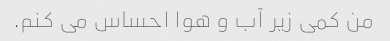
من کمی زیر آب و هوا احساس می کنم.